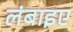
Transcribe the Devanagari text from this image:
लंबाइए